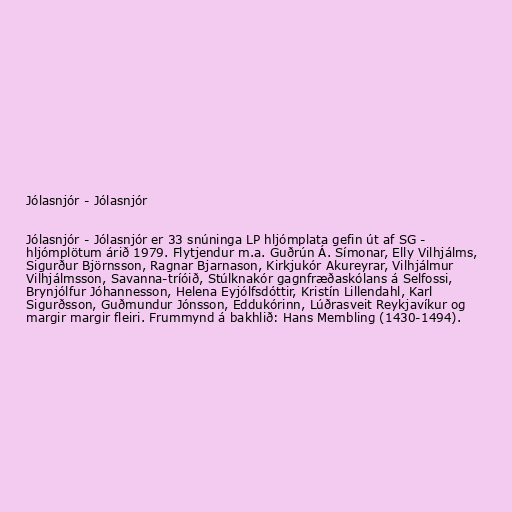
Jólasnjór - Jólasnjór

Jólasnjór - Jólasnjór er 33 snúninga LP hljómplata gefin út af SG -
hljómplötum árið 1979. Flytjendur m.a. Guðrún Á. Símonar, Elly Vilhjálms,
Sigurður Björnsson, Ragnar Bjarnason, Kirkjukór Akureyrar, Vilhjálmur
Vilhjálmsson, Savanna-tríóið, Stúlknakór gagnfræðaskólans á Selfossi,
Brynjólfur Jóhannesson, Helena Eyjólfsdóttir, Kristín Lillendahl, Karl
Sigurðsson, Guðmundur Jónsson, Eddukórinn, Lúðrasveit Reykjavíkur og
margir margir fleiri. Frummynd á bakhlið: Hans Membling (1430-1494).